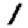
Digit: 1